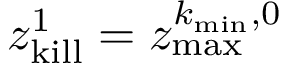
z _ { \mathrm { k i l l } } ^ { 1 } = z _ { \mathrm { m a x } } ^ { k _ { \mathrm { m i n } } , 0 }